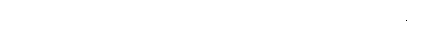
၃၃။ သာဝတ္ထိယံ၊ သာဝတ္ထိပြည်၌။ ဝိဟရတိ၊ နေတော်မူ၏။ ဘိက္ခဝေ၊ ရဟန်းတို့။